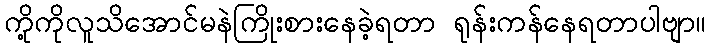
ကို့ကိုလူသိအောင်မနဲကြိုးစားနေခဲ့ရတာ ရုန်းကန်နေရတာပါဗျာ။